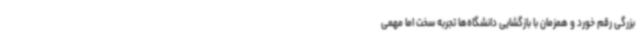
بزرگی رقم خورد و همزمان با بازگشایی دانشگاه‌ها تجربه سخت اما مهمی